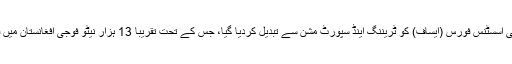
یکم جنوری 2015 سے نیٹو کی انٹرنیشنل سیکیورٹی اسسٹنس فورس (ایساف) کو ٹریننگ اینڈ سپورٹ مشن سے تبدیل کردیا گیا، جس کے تحت تقریباً 13 ہزار نیٹو فوجی افغانستان میں قیام کریں گے، ان میں امریکی فوجی بھی شامل ہیں۔